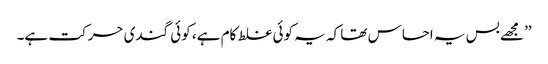
’’مجھے بس یہ احساس تھا کہ یہ کوئی غلط کام ہے، کوئی گندی حرکت ہے۔